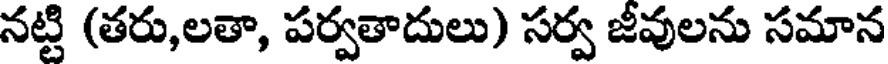
నట్టి (తరు,లతా, పర్వతాదులు) సర్వ జీవులను సమాన